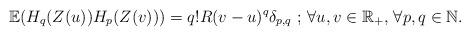
LaTeX: \begin{align*} \mathbb E(H_q(Z(u))H_p(Z(v))) = q!R(v - u)^q\delta_{p,q} \textrm{ $;$ } \forall u,v\in\mathbb R_+ \textrm{, } \forall p,q\in\mathbb N. \end{align*}